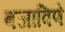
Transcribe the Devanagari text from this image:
बजाविणे